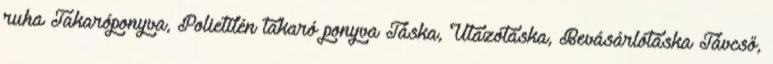
ruha Takaróponyva, Polietilén takaró ponyva Táska, Utazótáska, Bevásárlótáska Távcső,